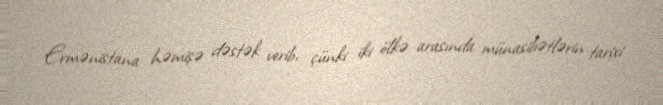
Ermənistana həmişə dəstək verib, çünki iki ölkə arasında münasibətlərin tarixi